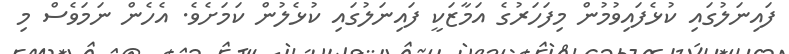
ފައިނަލުގައި ކުޅެފައިވުމުން މިފަހަރުގެ އަމާޒަކީ ފައިނަލުގައި ކުޅެލުން ކަމަށެވެ. އެހެން ނަމަވެސް މި